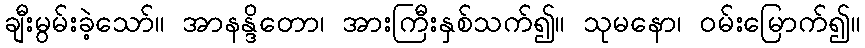
ချီးမွမ်းခဲ့သော်။ အာနန္ဒိတော၊ အားကြီးနှစ်သက်၍။ သုမနော၊ ဝမ်းမြောက်၍။